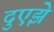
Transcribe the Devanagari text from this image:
दुएझे